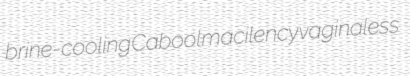
brine-cooling Cabool macilency vaginaless